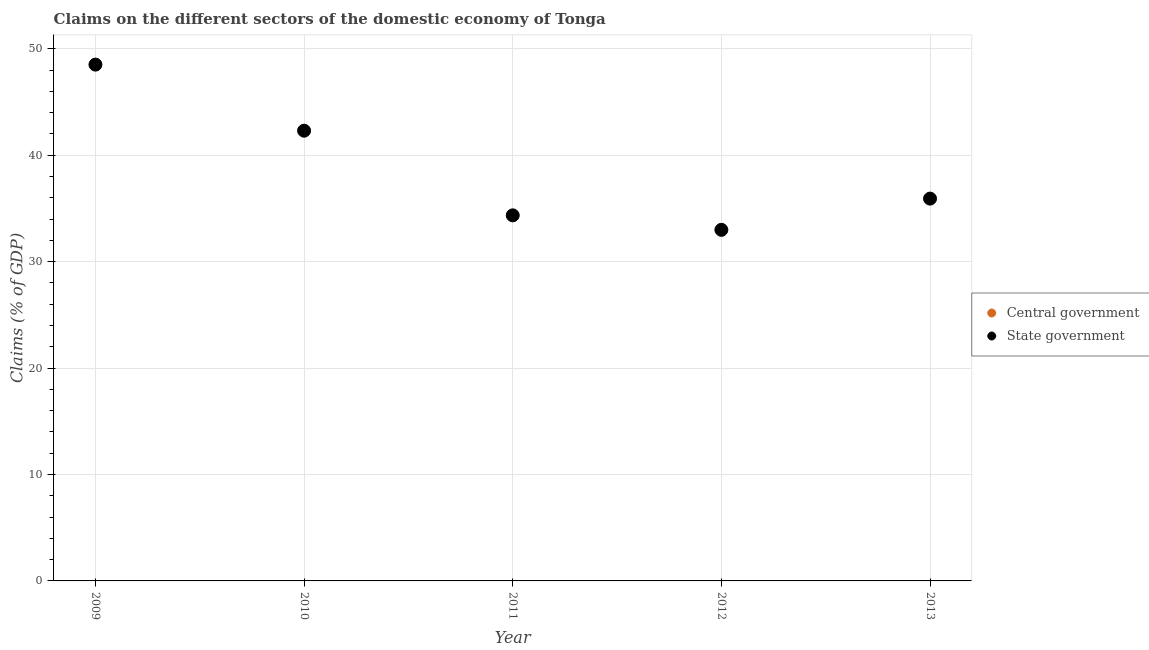
| Year | Central government | State government |
 | --- | --- | --- |
 | 2009 | -4.73 | 48.5 |
 | 2010 | -1.99 | 42.3 |
 | 2011 | -4.48 | 34.3 |
 | 2012 | -5.98 | 33 |
 | 2013 | -7.37 | 35.9 |